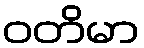
ဝတိမာ